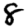
Digit: 8